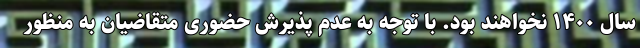
سال ۱۴۰۰ نخواهند بود. با توجه به عدم پذیرش حضوری متقاضیان به منظور